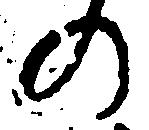
の